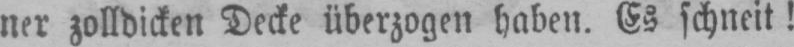
ner zolldicken Decke überzogen haben. Es schneit!